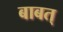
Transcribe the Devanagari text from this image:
बाबत्